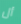
أل